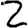
Digit: 2